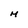
Character: M